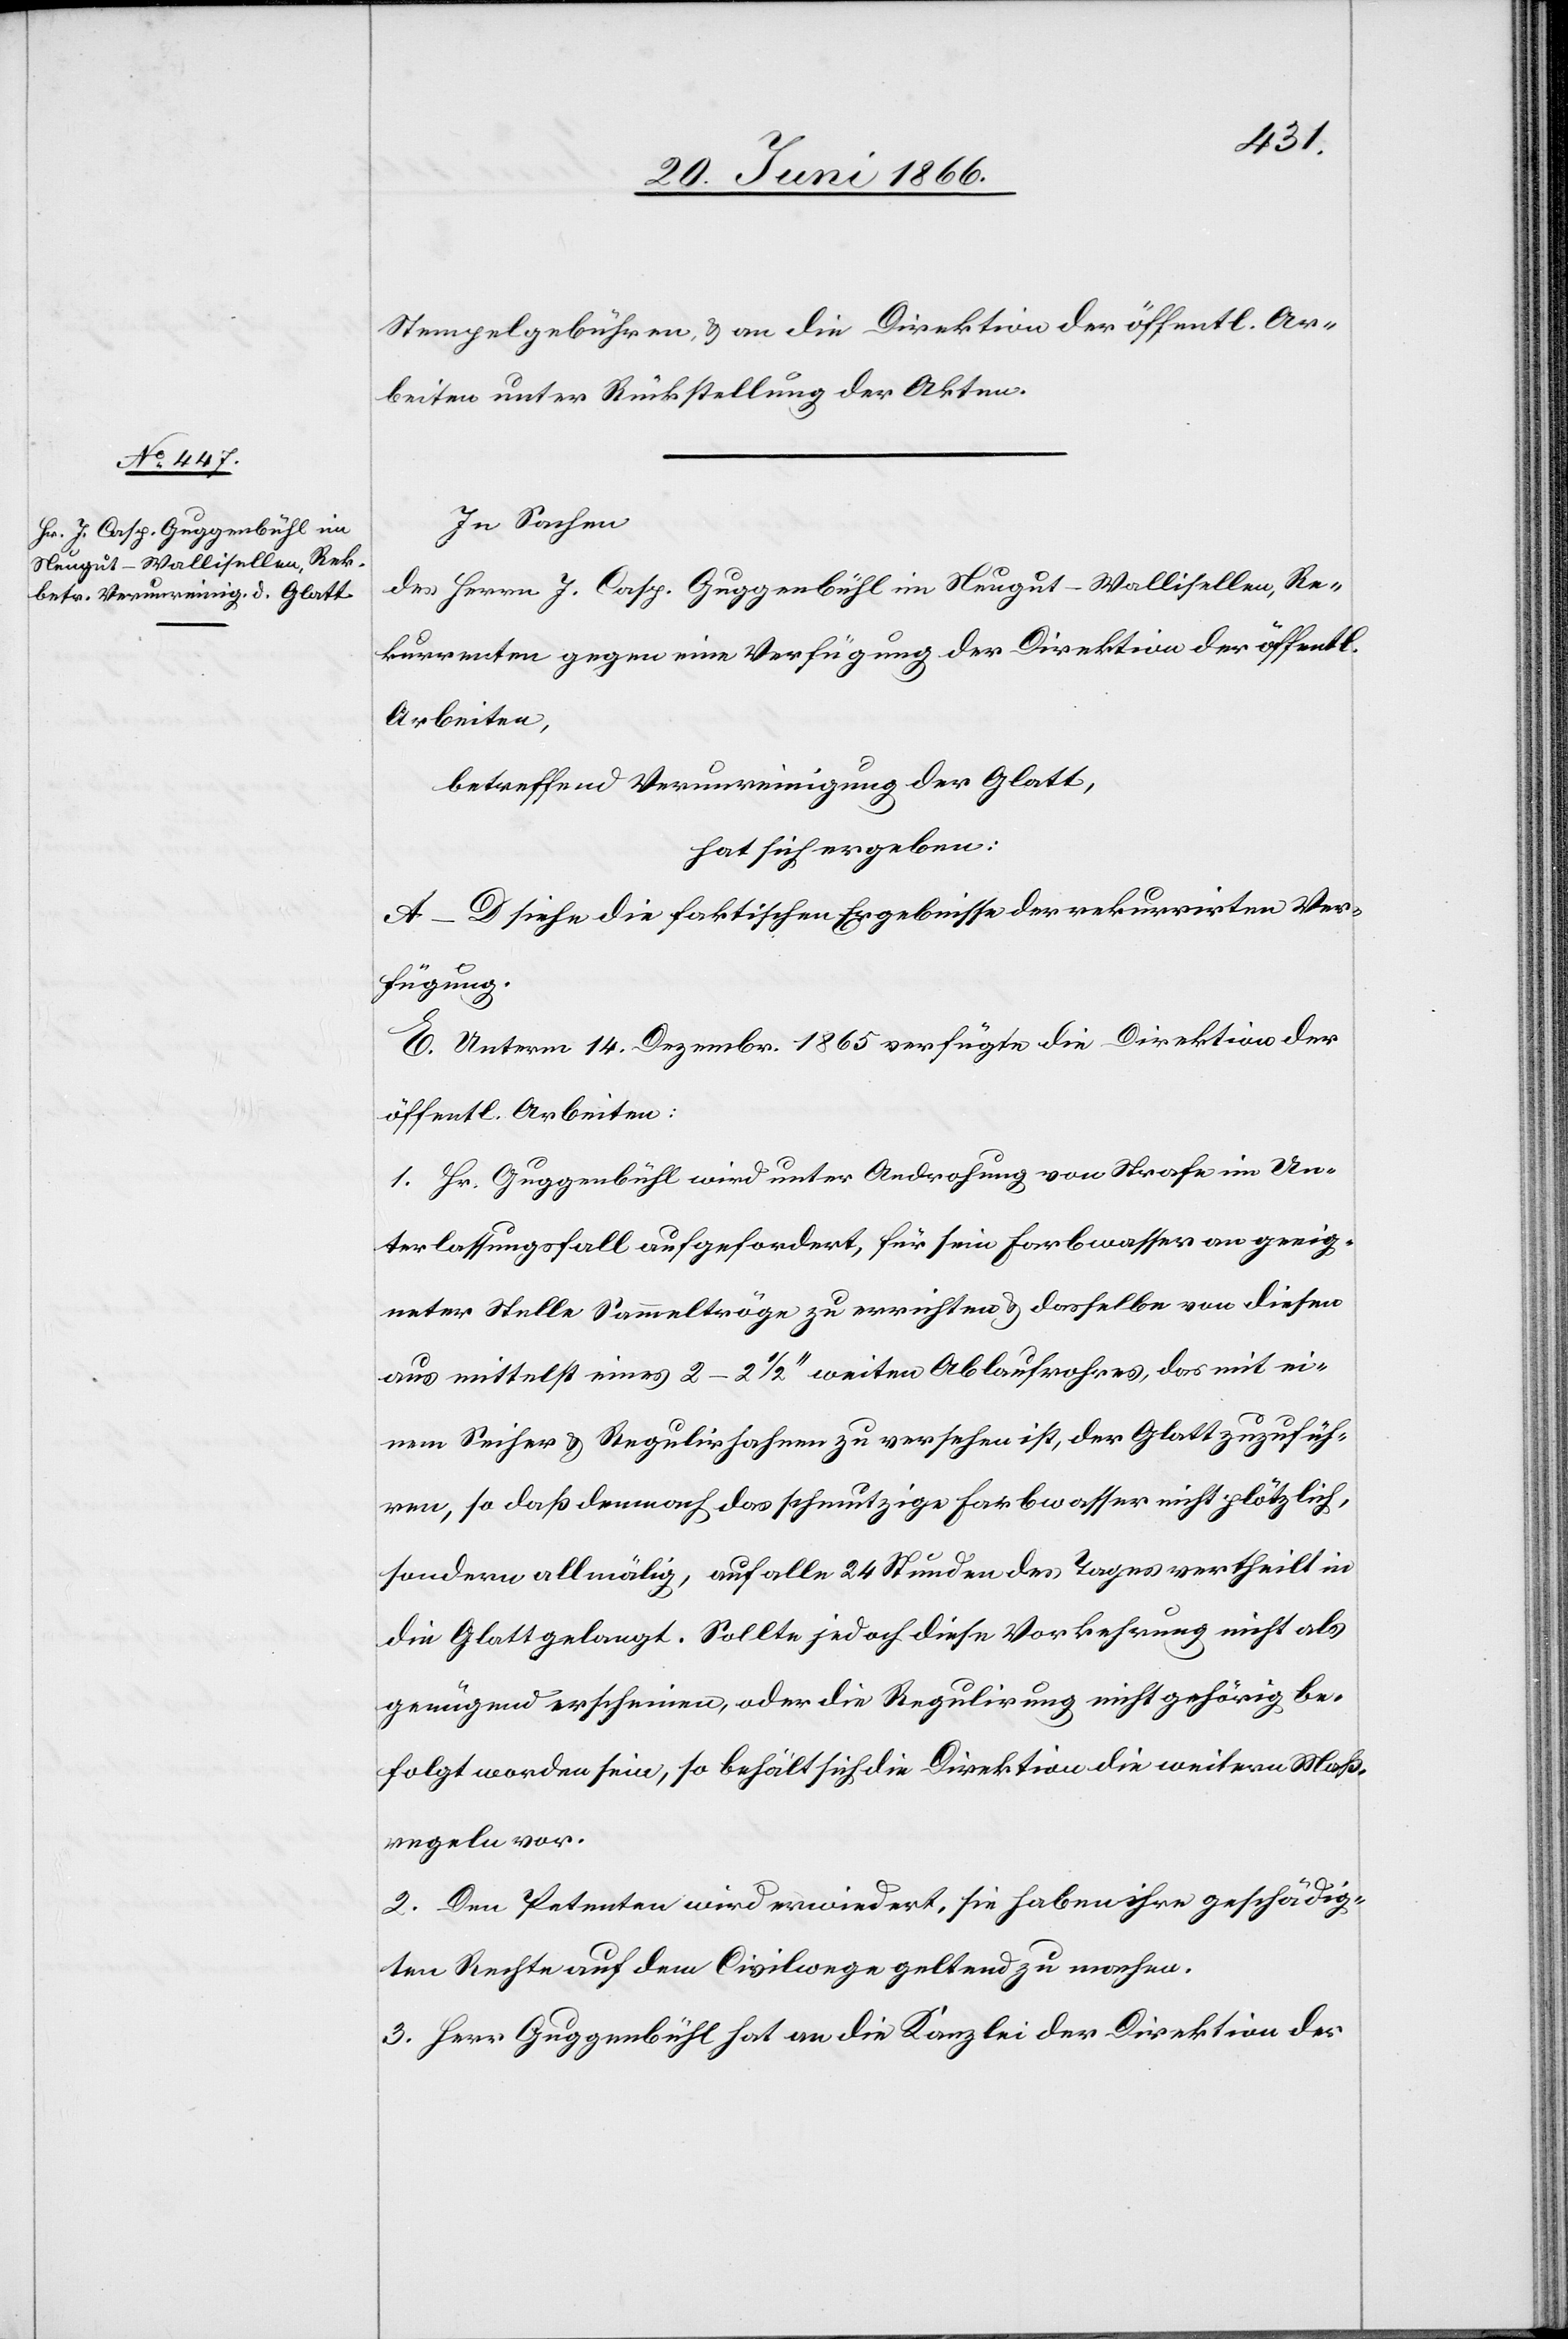
Stempelgebühren u. an die Direktion der öffentl. Ar¬
beiten unter Rückstellung der Akten.
In Sachen
des Herrn J. Casp. Guggenbühl in Neugut-Wallisellen, Re¬
kurrenten gegen eine Verfügung der Direktion der öffentl
Arbeiten,
betreffend Verunreinigung der Glatt,
hat sich ergeben:
A–D siehe die faktischen Ergebnisse der rekurrirten Ver¬
fügung.
E. Unterm 14. Dezembr. 1865 verfügte die Direktion der
öffentl. Arbeiten:
1. Hr. Guggenbühl wird unter Androhung von Strafe im Un¬
terlassungsfall aufgefordert, für sein Farbwasser an geeig¬
neter Stelle Sammeltröge zu errichten u. dasselbe von diesen
aus mittelst eines 2–2 1/2‘‘ weiten Ablaufrohres, das mit ei¬
nem Seiher u. Regulirhahn zu versehen ist, der Glatt zuzufüh¬
ren, so daß demnach das schmutzige Farbwasser nicht plötzlich,
sondern allmälig, auf alle 24 Stunden des Tages vertheilt in
die Glatt gelangt. Sollte jedoch diese Vorkehrung nicht als
genügend erscheinen, oder die Regulirung nicht gehörig be¬
folgt worden sein, so behält sich die Direktion die weitern Maß¬
regeln vor.
2. Den Petenten wird erwiedert, sie haben ihre geschädig¬
ten Rechte auf dem Civilwege geltend zu machen.
3. Herr Guggenbühl hat an die Kanzlei der Direktion der